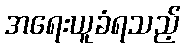
အရေးယူခံရသည့်